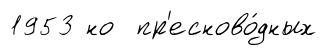
1953 но пр'есново́дных